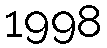
1998